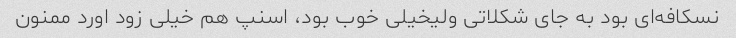
نسکافه‌ای بود به جای شکلاتی ولیخیلی خوب بود، اسنپ هم خیلی زود اورد ممنون